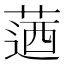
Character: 𦶅